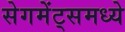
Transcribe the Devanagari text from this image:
सेगमेंट्समध्ये